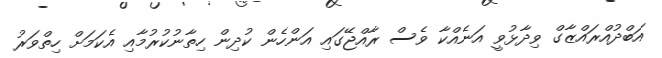
އަބްދުއްރައްޒާގް ވިދާޅުވީ އަނެއްކާ ވެސް ރާއްޖޭގައި އަންހެން ކުދިން ހިތާނުކުރުމާއި އެކަމަށް ހިތްވަރު